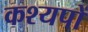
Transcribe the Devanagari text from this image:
कश्यपों